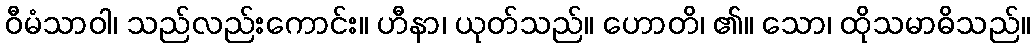
ဝီမံသာဝါ၊ သည်လည်းကောင်း။ ဟီနာ၊ ယုတ်သည်။ ဟောတိ၊ ၏။ သော၊ ထိုသမာဓိသည်။